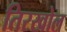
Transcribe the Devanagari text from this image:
तिरखोल